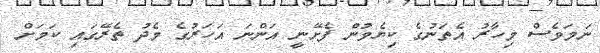
ނަމަވެސް މިހާރު އެތަނުގެ ކިޔެވުން ފެށޭނީ އަންނަ އަހަރުގެ މެދު ތެރޭގައި ކަމަށް